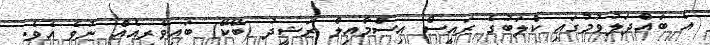
އެ ބައްދަލުވުމުގައި ކްލަބުގެ ރައީސް އިސްމާއިލް ރަޝީދު (ބޭކޭ) ބައިވެރިއެއް ނުވެ އެވެ.